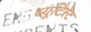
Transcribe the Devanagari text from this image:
ब्यूटिरेट